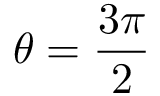
\theta = { \frac { 3 \pi } { 2 } }